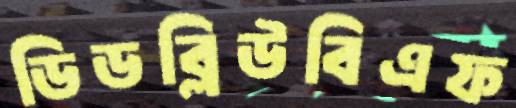
ডিডব্লিউবিএফ